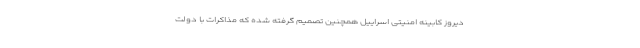
دیروز کابینه امنیتی اسراییل همچنین تصمیم گرفته شده که مذاکرات با دولت